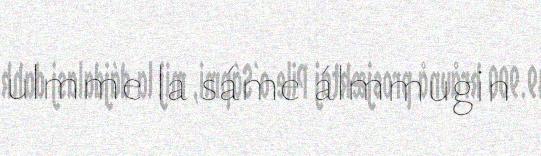
ulmme la sáme álmmugin